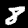
Digit: 8